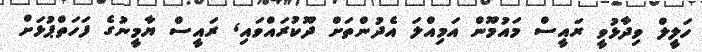
ހަލީލް ވިދާޅުވީ ރައީސް މައުމޫން އަމިއްލަ އެދުންތަށް ދޫކުރައްވައި